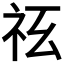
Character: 𥘢